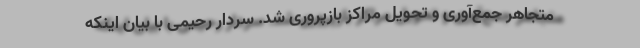
متجاهر جمع‌آوری و تحویل مراکز بازپروری شد. سردار رحیمی با بیان اینکه